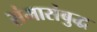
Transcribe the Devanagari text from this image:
संमासंबुद्ध